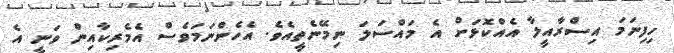
ހިފިނަމަ އިސްރާއީލާ އެއްކޮޅަށް އެ މައްސަލަ ނިމޭނެތީއެވެ. އެހެންނަމަވެސް އެމެރިކާއިން ވަނީ އެ